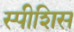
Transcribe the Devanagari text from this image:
स्पीशिस